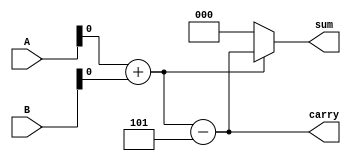
module pentaadd (sum,carry,A,B);
 input [2:0]A,B;
 output [2:0] sum,carry;
 
 wire [2:0] sum,carry;
 wire  p1,p2;
 
 assign p1 = A +B;
 assign p2 = p1 > 5;
 assign carry = p1 - 5;
 assign sum = p1 ? carry : p1;
 
 endmodule